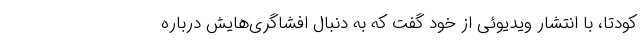
کودتا، با انتشار ویدیوئی از خود گفت که به دنبال افشاگری‌هایش درباره